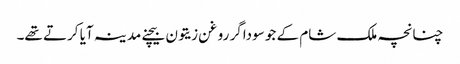
چنانچہ ملک شام کے جو سوداگر روغن زیتون بیچنے مدینہ آیا کرتے تھے۔